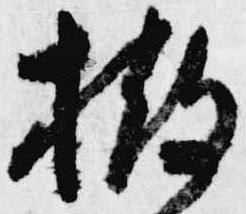
撤